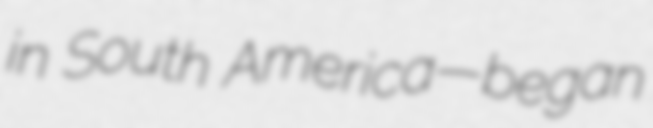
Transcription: in South America—began